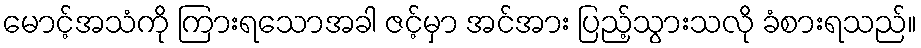
မောင့်အသံကို ကြားရသောအခါ ဇင့်မှာ အင်အား ပြည့်သွားသလို ခံစားရသည်။